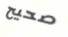
صحيح